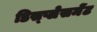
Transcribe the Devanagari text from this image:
डिस्प्लेसमेंट